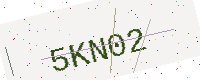
Text: 5KN02